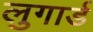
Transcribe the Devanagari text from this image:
लुगार्ड